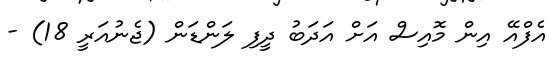
އެފްއޭ އިން މޮއިސް އަށް އަދަބު ދީފި ލަންޑަން (ޖެނުއަރީ 18) -